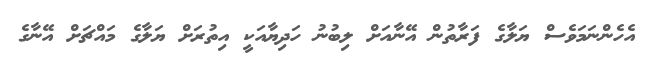
އެހެންނަމަވެސް ޔަލާގެ ފަރާތުން އޭނާއަށް ލިބުނު ހަދިޔާއަކީ އިތުރަށް ޔަލާގެ މައްޗަށް އޭނާގެ